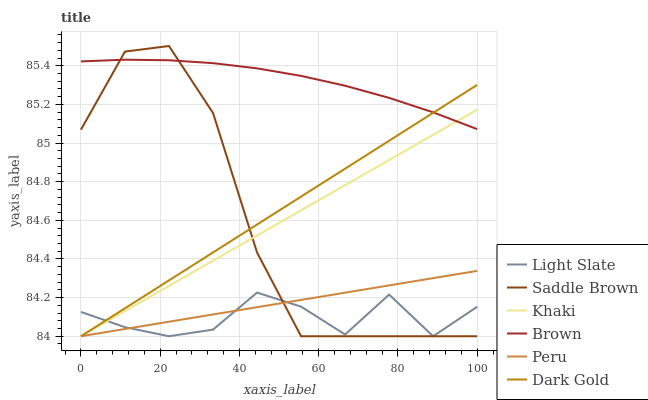
| xaxis_label | Light Slate | Saddle Brown | Khaki | Brown | Peru | Dark Gold |
 | --- | --- | --- | --- | --- | --- | --- |
 | 0 | 84.1 | 85.1 | 84 | 85.4 | 84 | 84 |
 | 11.1 | 84 | 85.5 | 84.1 | 85.4 | 84 | 84.1 |
 | 22.2 | 84 | 85.5 | 84.3 | 85.4 | 84.1 | 84.3 |
 | 33.3 | 84 | 85.2 | 84.4 | 85.4 | 84.1 | 84.4 |
 | 44.4 | 84.2 | 84.4 | 84.5 | 85.4 | 84.2 | 84.6 |
 | 55.6 | 84.2 | 84 | 84.7 | 85.3 | 84.2 | 84.7 |
 | 66.7 | 84 | 84 | 84.8 | 85.3 | 84.2 | 84.9 |
 | 77.8 | 84.2 | 84 | 84.9 | 85.2 | 84.3 | 85 |
 | 88.9 | 84 | 84 | 85 | 85.2 | 84.3 | 85.2 |
 | 100 | 84.2 | 84 | 85.2 | 85.1 | 84.3 | 85.3 |